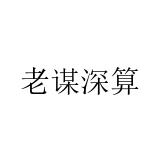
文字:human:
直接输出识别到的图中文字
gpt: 老谋深算